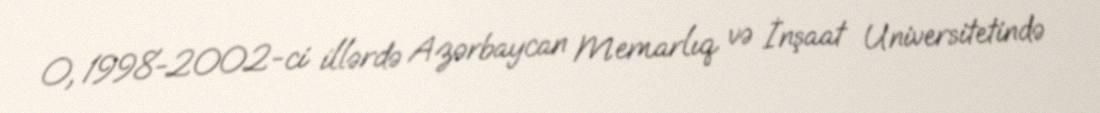
O, 1998-2002-ci illərdə Azərbaycan Memarlıq və İnşaat Universitetində